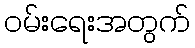
ဝမ်းရေးအတွက်